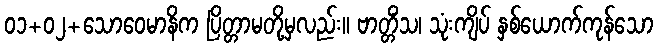
၀၁+၀၂+သောဝေမာနိက ပြိတ္တာမတို့မှလည်း။ ဗာတ္တိံသ၊ သုံးကျိပ် နှစ်ယောက်ကုန်သော